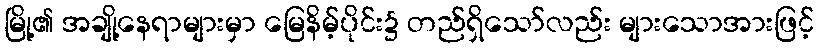
မြို့၏ အချို့နေရာများမှာ မြေနိမ့်ပိုင်း၌ တည်ရှိသော်လည်း များသောအားဖြင့်